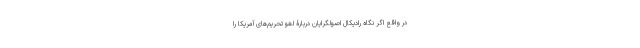
در واقع اگر نگاه رادیکال اصولگرایان دربارۀ لغو تحریم‌های آمریکا را